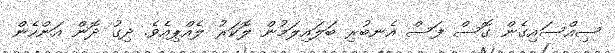
ސިއްސައިގެން ގޮސް ފަސް އެނބުރި ބަލައިލަމުން ލޮކަރު ލެއްޕިއެވެ. ދިގު ދޮން އަންހެން